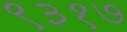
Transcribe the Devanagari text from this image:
९३१७